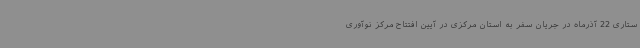
ستاری 22 آذرماه در جریان سفر به استان مرکزی در آیین افتتاح مرکز نوآوری